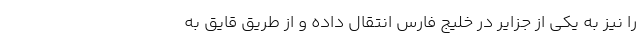
را نیز به یکی از جزایر در خلیج فارس انتقال داده و از طریق قایق به